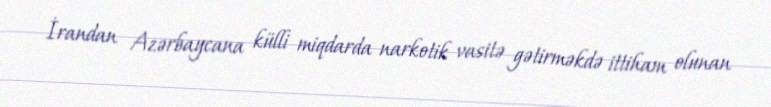
İrandan Azərbaycana külli miqdarda narkotik vasitə gətirməkdə ittiham olunan